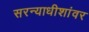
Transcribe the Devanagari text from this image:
सरन्याधीशांवर